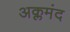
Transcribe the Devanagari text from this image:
अक्लमंद